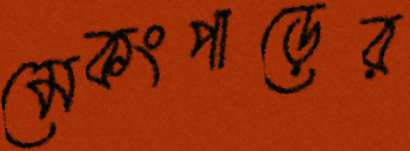
মেকংপাড়ের